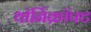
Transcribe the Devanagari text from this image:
थॉर्निक्रॉफ्ट